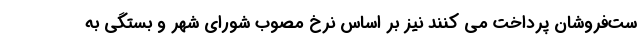
ست‌فروشان پرداخت می کنند نیز بر اساس نرخ مصوب شورای شهر و بستگی به